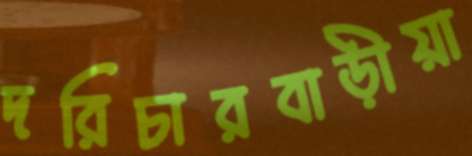
দরিচারবাড়ীয়া